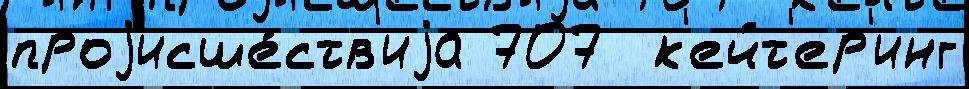
проjисше́ств'иjа 707  к'ейт'ер'инг